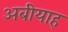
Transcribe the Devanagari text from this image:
अबीयाह